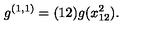
g ^ { ( 1 , 1 ) } = ( 1 2 ) g ( x _ { 1 2 } ^ { 2 } ) .